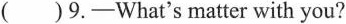
( )9.-What's matter with you?